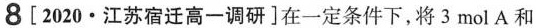
8 [2020·江苏宿迁高一调研]在一定条件下，将3 mol A和